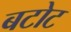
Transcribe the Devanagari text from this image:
बटोट